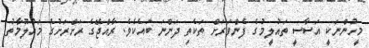
މީހުންނަކީ އަސާސީ ތައުލީމުގެ ފެންވަރަށް ތަކެތި ދަންނަ ބައެކެވެ. ރާއްޖޭގެ ރަށްރަށުގެ މައުލޫމާތު